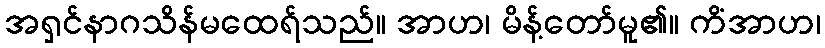
အရှင်နာဂသိန်မထေရ်သည်။ အာဟ၊ မိန့်တော်မူ၏။ ကိံအာဟ၊